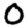
Digit: 0